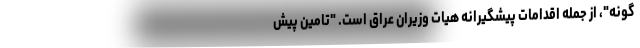
گونه"، از جمله اقدامات پیشگیرانه هیات وزیران عراق است. "تامین پیش